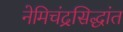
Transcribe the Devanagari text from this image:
नेमिचंद्रसिद्धांत